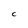
Character: C